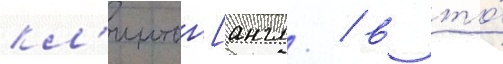
кл'интон[англ. / в то́